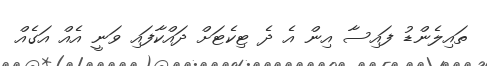
ތައިލެންޑު ފައިސާ އިން އެ ދެ ޓިކެޓަށް ދައްކާފައި ވަނީ އެއް އަގެއް